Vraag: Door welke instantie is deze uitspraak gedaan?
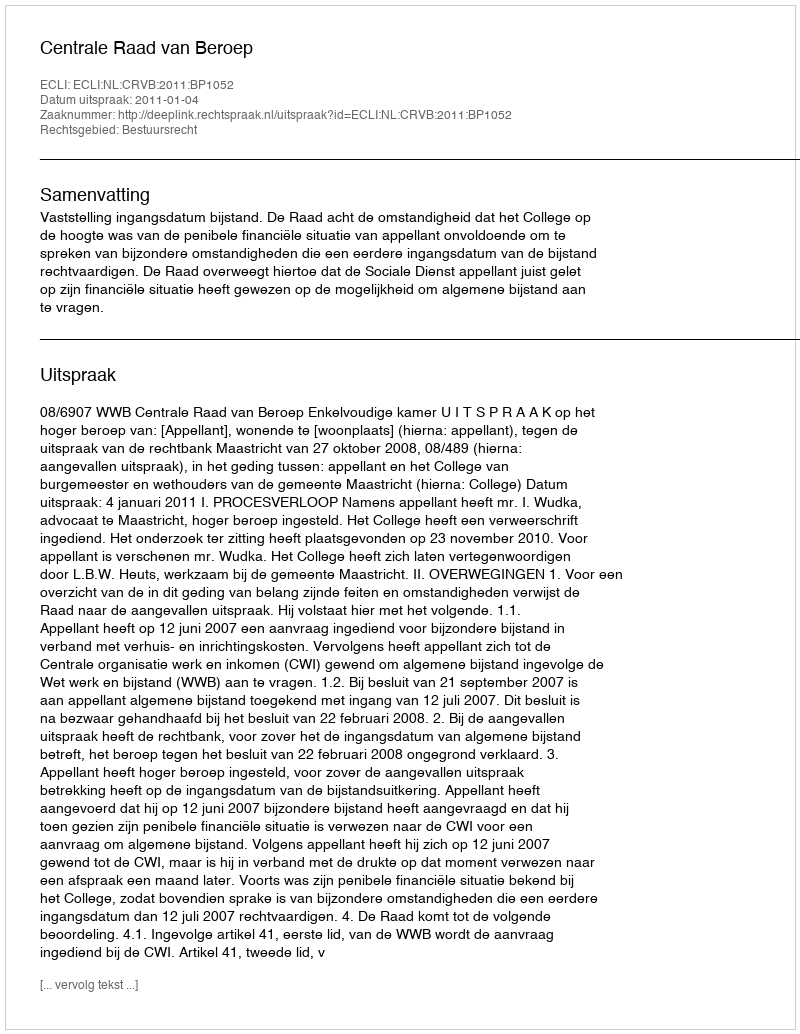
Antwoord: Centrale Raad van Beroep